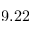
9 . 2 2